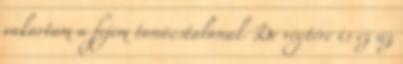
vakartam a fejem tanácstalanul. De végtére is ez az